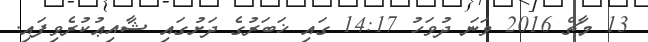
13 މާޗް 2016 ވަނަ ދުވަހު 14:17 ގައި ޚަބަރުގެ ދަށުގައި ޝާއިޢުކުރެވިފައި.